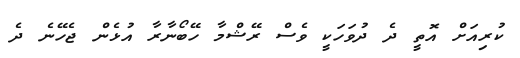
ކުރިއަށް އޮތީ ދެ ދުވަހަކީ ވެސް ރޭޝްމާ ހޭބޯނާރާ އުޅެން ޖެހޭނެ ދެ